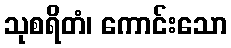
သုစရိတံ၊ ကောင်းသော